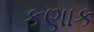
કણાક